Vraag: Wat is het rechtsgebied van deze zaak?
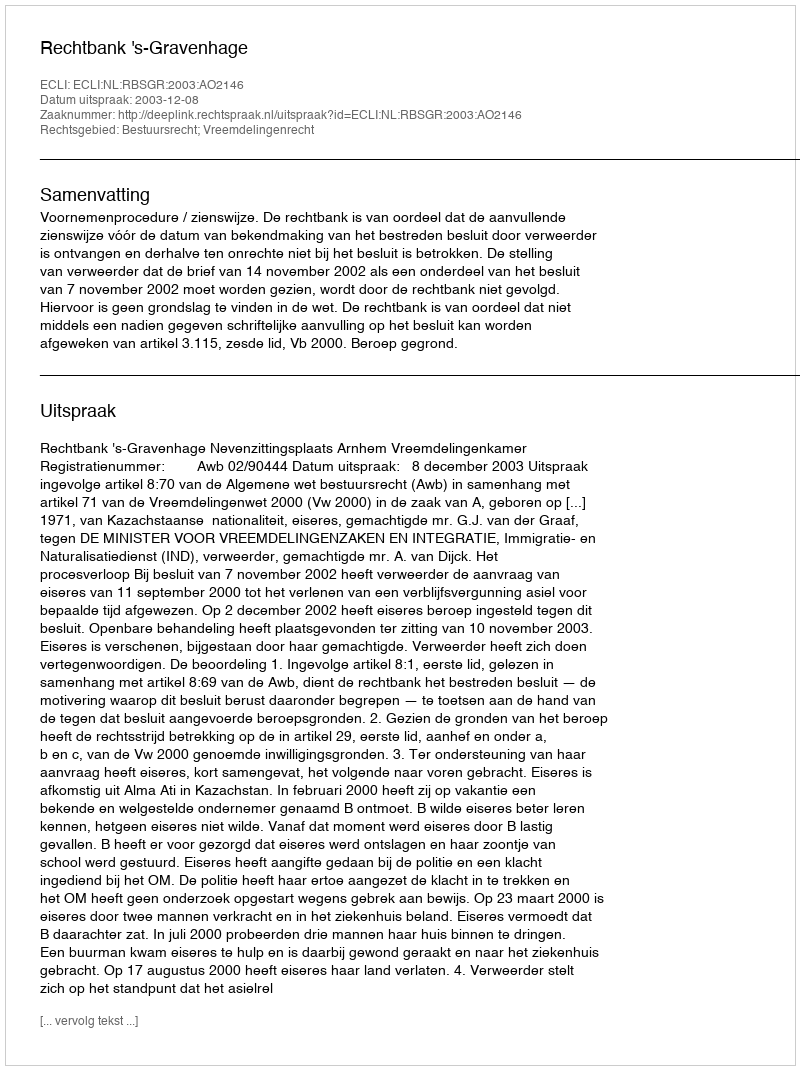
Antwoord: Bestuursrecht; Vreemdelingenrecht